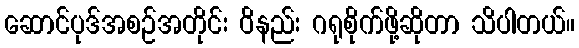
ဆောင်ပုဒ်အစဉ်အတိုင်း ဝိနည်း ဂရုစိုက်ဖို့ဆိုတာ သိပါတယ်။